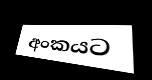
අංකයට